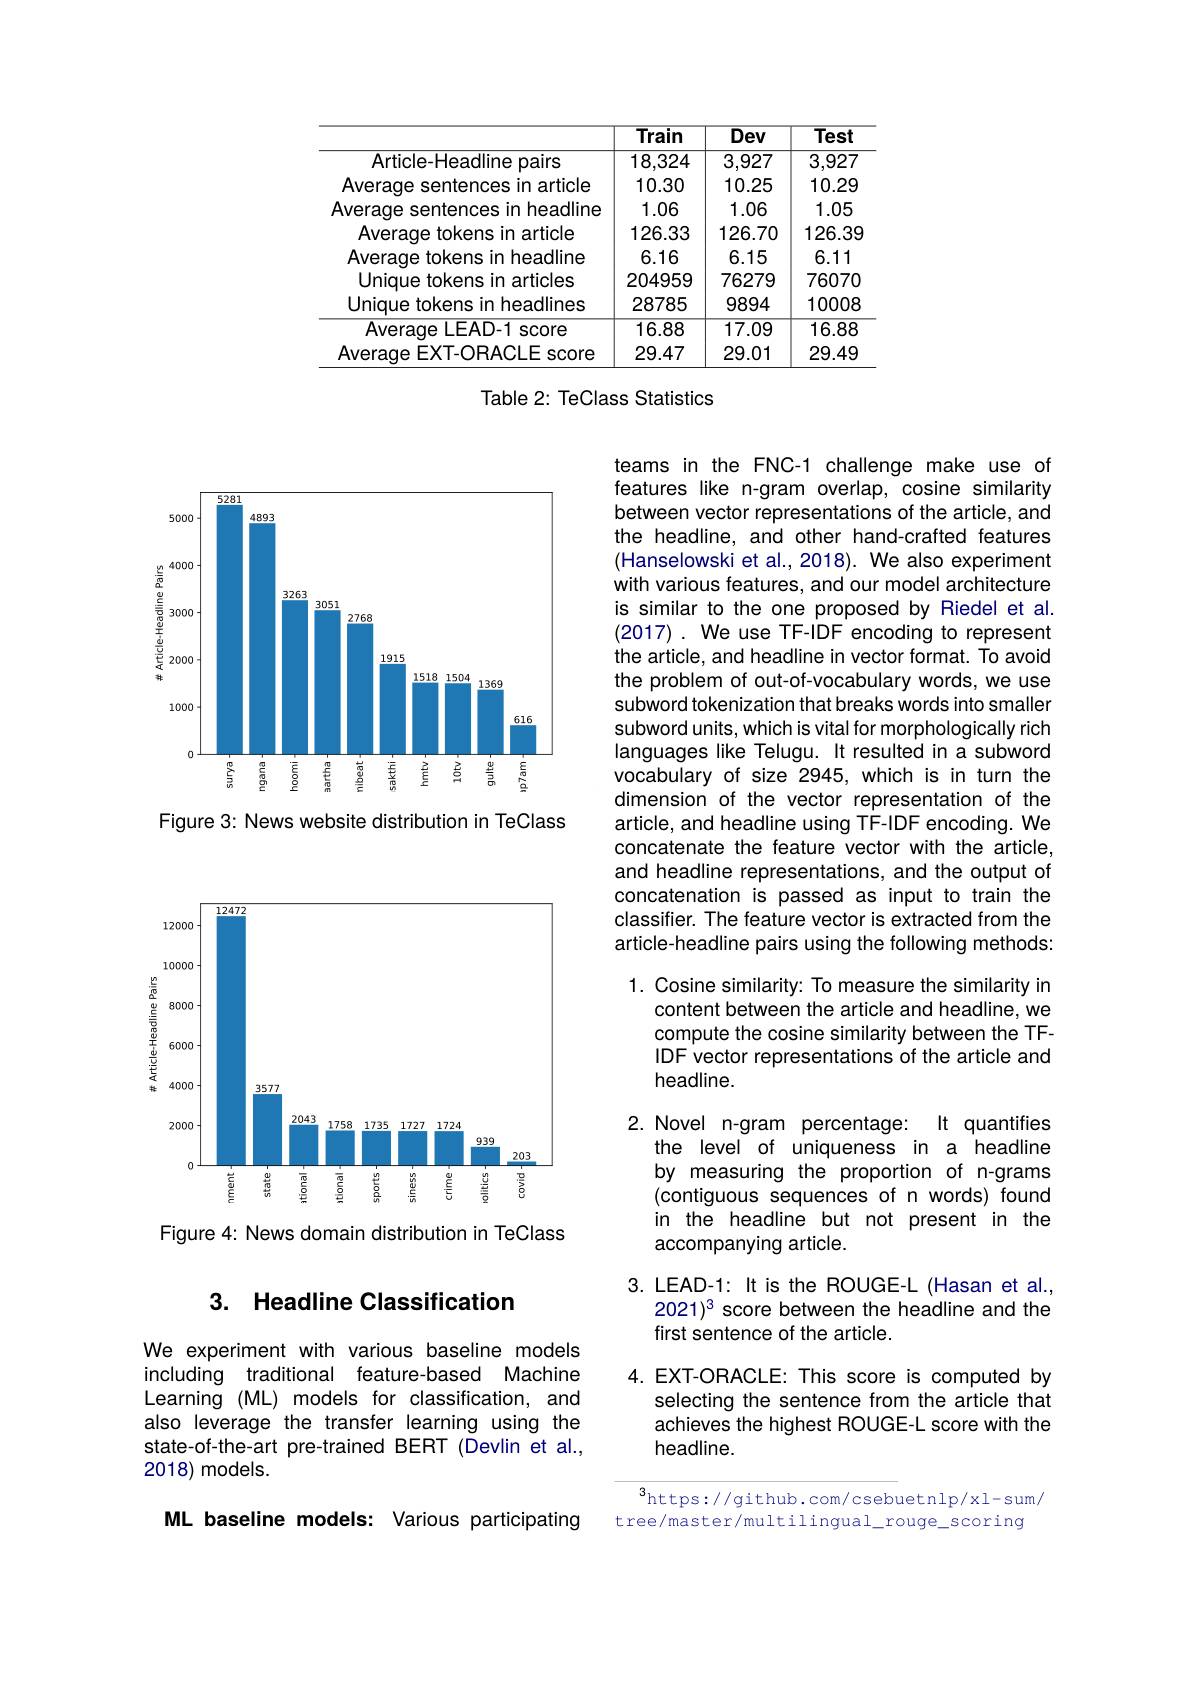
<table>
	<tbody>
		<tr>
			<th> </th>
			<th>Train</th>
			<th>$\overline{Dev}$</th>
			<th>Test</th>
		</tr>
		<tr>
			<td>Article-Headline pairs</td>
			<td>18,324</td>
			<td>3,927</td>
			<td>3,927</td>
		</tr>
		<tr>
			<td>Average sentences in article</td>
			<td>10.30</td>
			<td>10.25</td>
			<td>10.29</td>
		</tr>
		<tr>
			<td>:in headline Average s sentences</td>
			<td>1.06</td>
			<td>1.06</td>
			<td>1.05</td>
		</tr>
		<tr>
			<td>Averaqe tokens in article</td>
			<td>126.33</td>
			<td>126.70</td>
			<td>126.39</td>
		</tr>
		<tr>
			<td>Average tokens in headline</td>
			<td>6.16</td>
			<td>6.15</td>
			<td>6.11</td>
		</tr>
		<tr>
			<td>Unique tokens in articles</td>
			<td>204959</td>
			<td>76279</td>
			<td>76070</td>
		</tr>
		<tr>
			<td>Unique tokens in headlines</td>
			<td>28785</td>
			<td>9894</td>
			<td>10008</td>
		</tr>
		<tr>
			<td>Average $\angle\angle EAD-1$ score</td>
			<td>16.88</td>
			<td>17.09</td>
			<td>16.88</td>
		</tr>
		<tr>
			<td>Average EXT-ORACLE score</td>
			<td>29.47</td>
			<td>29.01</td>
			<td>29.49</td>
		</tr>
	</tbody>
</table>

Table 2: TeClass Statistics

<FigureHere>

Figure 3: News website distribution in TeClass

<FigureHere>

Figure 4: News domain distribution in TeClass

## 3. Headline Classification

We experiment with various baseline models including traditional feature-based Machine Learning (ML) models for classification, and also leverage the transfer learning using the state-of-the-art pre-trained BERT (Devlin et al., 2018)models.

ML baseline models: Various participating

teams in the FNC-1 challenge make use of features like n-gram overlap, cosine similarity between vector representations of the article, and the headline, and other hand-crafted features (Hanselowski et al., 2018). We also experiment with various features, and our model architecture is similar to the one proposed by Riedel et al. (2017) . We use TF-IDF encoding to represent the article, and headline in vector format. To avoid the problem of out-of-vocabulary words, we use subword tokenization that breaks words into smaller subword units, which is vital for morphologically rich languages like Telugu. It resulted in a subword vocabulary of size 2945, which is in turn the dimension of the vector representation of the article, and headline using TF-IDF encoding. We concatenate the feature vector with the article, and headline representations, and the output of concatenation is passed as input to train the classifier. The feature vector is extracted from the article-headline pairs using the following methods:

1. Cosine similarity: To measure the similarity in

content between the article and headline, we

compute the cosine similarity between the TF-

IDF vector representations of the article and

headline.

2. Novel n-gram percentage: It quantifies

the level of uniqueness in a headline

by measuring the proportion of n-grams

(contiguous sequences of n words) found

in the headline but not present in the

accompanying article.

3. LEAD-1: It is the ROUGE-L (Hasan et al.,

$2021)^3 score between the headline and the$

first sentence of the article.

4. EXT-ORACLE: This score is computed by

selecting the sentence from the article that

achieves the highest ROUGE-L score with the

headline.

$^{3}$https://github.com/csebuetnlp/xl-sum/ tree/master/multilingual\_rouge\_scoring